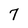
Character: 7